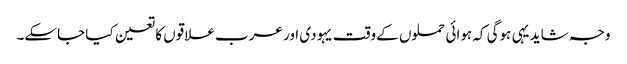
وجہ شاید یہی ہوگی کہ ہوائی حملوں کے وقت یہودی اور عرب علاقوں کا تعین کیا جاسکے۔